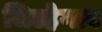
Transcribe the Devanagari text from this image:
जिल्हेगाव